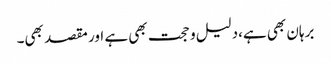
برہان بھی ہے،دلیل و حجت بھی ہے اور مقصد بھی۔